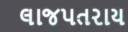
લાજપતરાય